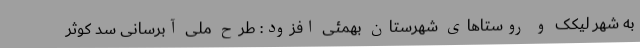
به شهر لیکک و روستاهای شهرستان بهمئی افزود: طرح ملی آبرسانی سد کوثر